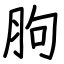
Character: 胊